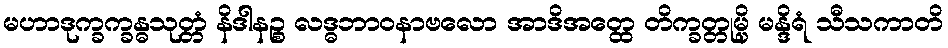
မဟာဒုက္ခက္ခန္ဓသုတ္တံ နိဒါနဉ္စ လဒ္ဓဘာဝနာဗလော အာဒိအတ္ထေ တိက္ခတ္တုမ္ပိ မန္ဒိရံ သီသကာတိ